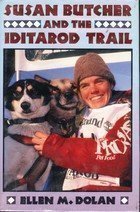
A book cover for Susan Butcher and the Iditarod Trail; Ellen M. Dolan; Sports & Outdoors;